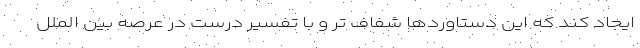
ایجاد کند که این دستاوردها شفاف تر و با تفسیر درست در عرصه بین الملل